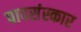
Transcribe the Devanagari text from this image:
पापसंस्कार